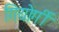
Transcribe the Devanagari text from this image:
गियोर्गी